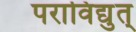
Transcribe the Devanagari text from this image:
पराविद्युत्